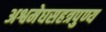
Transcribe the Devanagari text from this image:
अश्वमेघसहत्रपुण्य